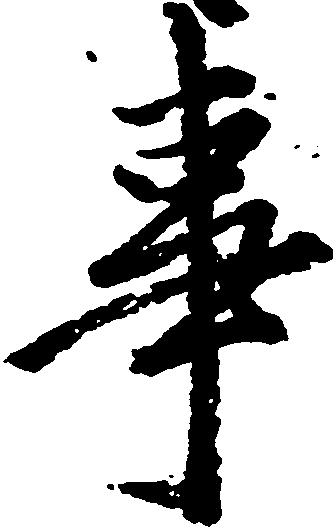
事